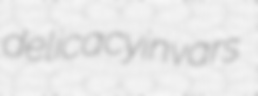
delicacy invars